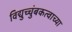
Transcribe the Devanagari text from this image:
विद्युच्चुंबकत्वाच्या